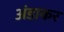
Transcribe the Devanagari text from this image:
अंडाकर